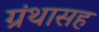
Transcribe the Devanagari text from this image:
ग्रंथासह